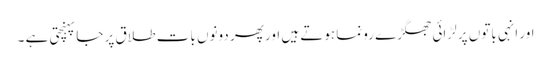
اور انہی باتوں پر لڑائی جھگڑے رونما ہوتے ہیں اور پھر دونوں بات طلاق پر جا پہنچتی ہے ۔